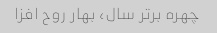
چهره برتر سال، بهار روح افزا